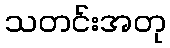
သတင်းအတု